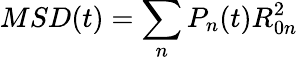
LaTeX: MSD(t)=\sum_{n}P_{n}(t)R_{0n}^{2}